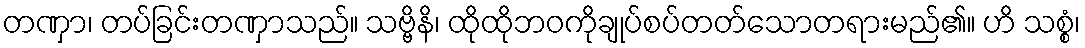
တဏှာ၊ တပ်ခြင်းတဏှာသည်။ သဗ္ဗိနိ၊ ထိုထိုဘဝကိုချုပ်စပ်တတ်သောတရားမည်၏။ ဟိ သစ္စံ၊